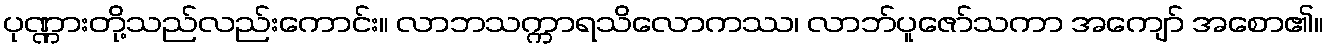
ပုဏ္ဏားတို့သည်လည်းကောင်း။ လာဘသက္ကာရသိလောကဿ၊ လာဘ်ပူဇော်သကာ အကျော် အစော၏။